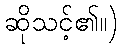
ဆိုသင့်၏။)